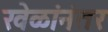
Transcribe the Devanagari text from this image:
खेळांनंतर